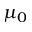
\mu _ { 0 }